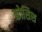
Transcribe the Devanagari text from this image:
कोसिश